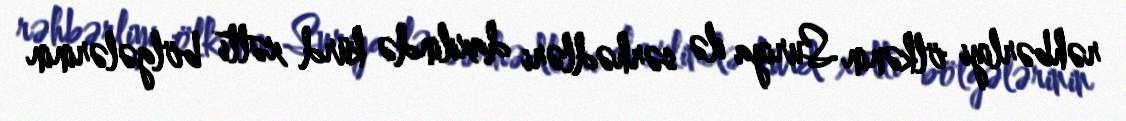
rəhbərliyi ölkənin Suriya ilə sərhədləri daxilində kürd xətti bölgələrinin